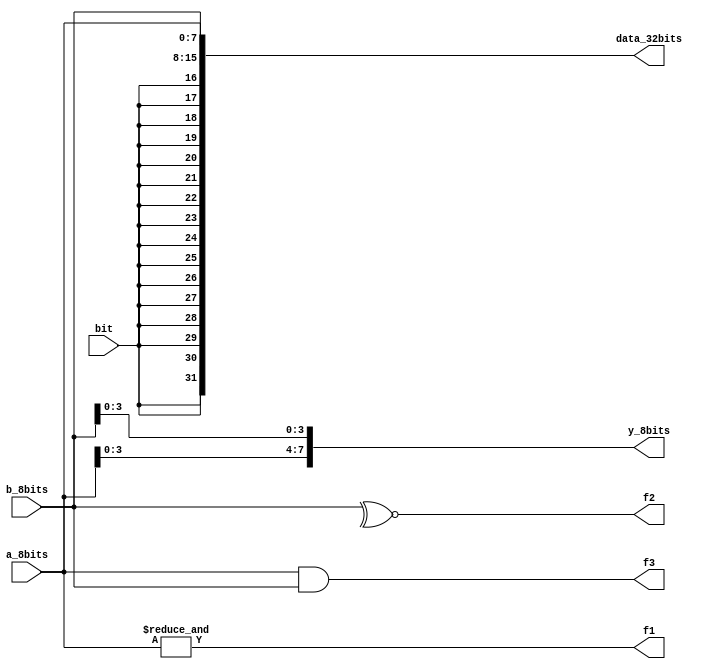
/* Topics:
    - Declaring Vectors
    - Accessing Vector Elements
    - Logical Operators(
        and ---> &&
        or  ---> ||
        not ---> ~ or !
    )
    - Reduction Operators (bitwise but for specific usage)
    - Concatenation and Replication
*/

module Vectors(
    input[7:0] a_8bits, b_8bits,
    input bit,
    output f1,f2,f3,
    output[7:0] y_8bits,
    output[31:0] data_32bits
);
    wire[15:0] data_16bits;
    /* Extra examples:
        wire  [4:1] x;         // 4-bit wire
        output wire [0:0] y;   // 1-bit wire that is also an output port (this is still a vector)
        input wire [3:-2] z;  // 6-bit wire input (negative ranges are allowed)
        output [3:0] a;       // 4-bit output wire. Type is 'wire' unless specified otherwise.
        wire [0:7] b;         // 8-bit wire where b[0] is the most-significant bit.
    */
    assign y_8bits[7:4] = a_8bits[3:0]; // assign the low 4 bits of a_8bits to the high 4 bits of y_8bits
    assign y_8bits[3:0] = b_8bits[3:0]; // assign the low 4 bits of b_8bits to the low  4 bits of y_8bits
    //! assign y_8bits[0:3] = ... Illegal. Vector part-select must match the direction of the declaration
    
    // Reduction
    assign f1 = & a_8bits; // and-ing all 8 bits 
    assign f2 = ~^ b_8bits;// xnor-ing all 8 bits (can be used in parity checking)
    
    // Logical Operation
    assign f3 = a_8bits && b_8bits; // f3 is 1 if (a!=0  and b!=0) it is a logic 
    // Hint: When working with 1 bit wire it doesn't matter using logic or bitwise
    // But it matters when working with vectors or conditions

    // Replication 
    assign data_16bits = {16{bit}}; // the wire 'bit' is repeated 16 time and assigned to 16 bits

    // Concatenation
    assign data_32bits = {data_16bits, a_8bits, b_8bits};

endmodule